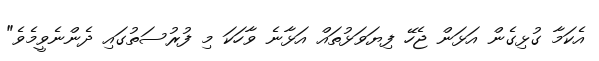
އެކަމާ ގުޅިގެން އަަޅަން ޖެހޭ ފިޔަވަޅުތައް އަޅާނެ ވާހަކަ މި ފުރުސަތުގައި ދެންނެވީމެވެ"